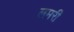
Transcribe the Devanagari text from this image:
लमरी